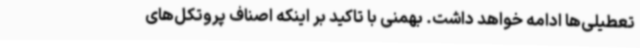
تعطیلی‌ها ادامه خواهد داشت. بهمنی با تاکید بر اینکه اصناف پروتکل‌های